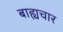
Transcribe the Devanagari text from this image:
बाह्यचार